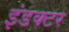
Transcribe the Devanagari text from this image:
इंडक्टर